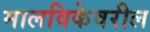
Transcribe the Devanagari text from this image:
मालविकेवरील